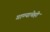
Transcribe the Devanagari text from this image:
गाण्याचेही